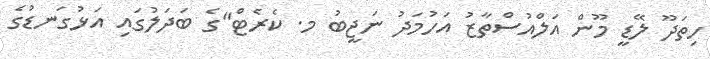
ހިތަދޫ ލޭޑީ މޫން އަލްއުސްތާޒު އަހުމަދު ނަޖީބު މ. ކެރެޓް"ގެ ބަދަލުގައި އަޅުގަނޑުގެ